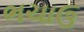
ભચાઉ